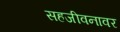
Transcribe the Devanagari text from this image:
सहजीवनावर